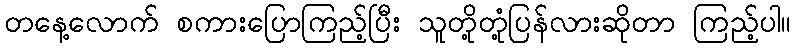
တနေ့လောက် စကားပြောကြည့်ပြီး သူတို့တုံ့ပြန်လားဆိုတာ ကြည့်ပါ။